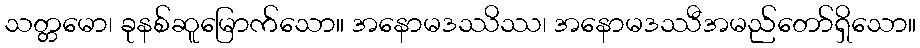
သတ္တမော၊ ခုနစ်ဆူမြောက်သော။ အနောမဒဿိဿ၊ အနောမဒဿီအမည်တော်ရှိသော။